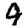
Digit: 9